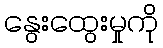
နွေးထွေးမှုကို